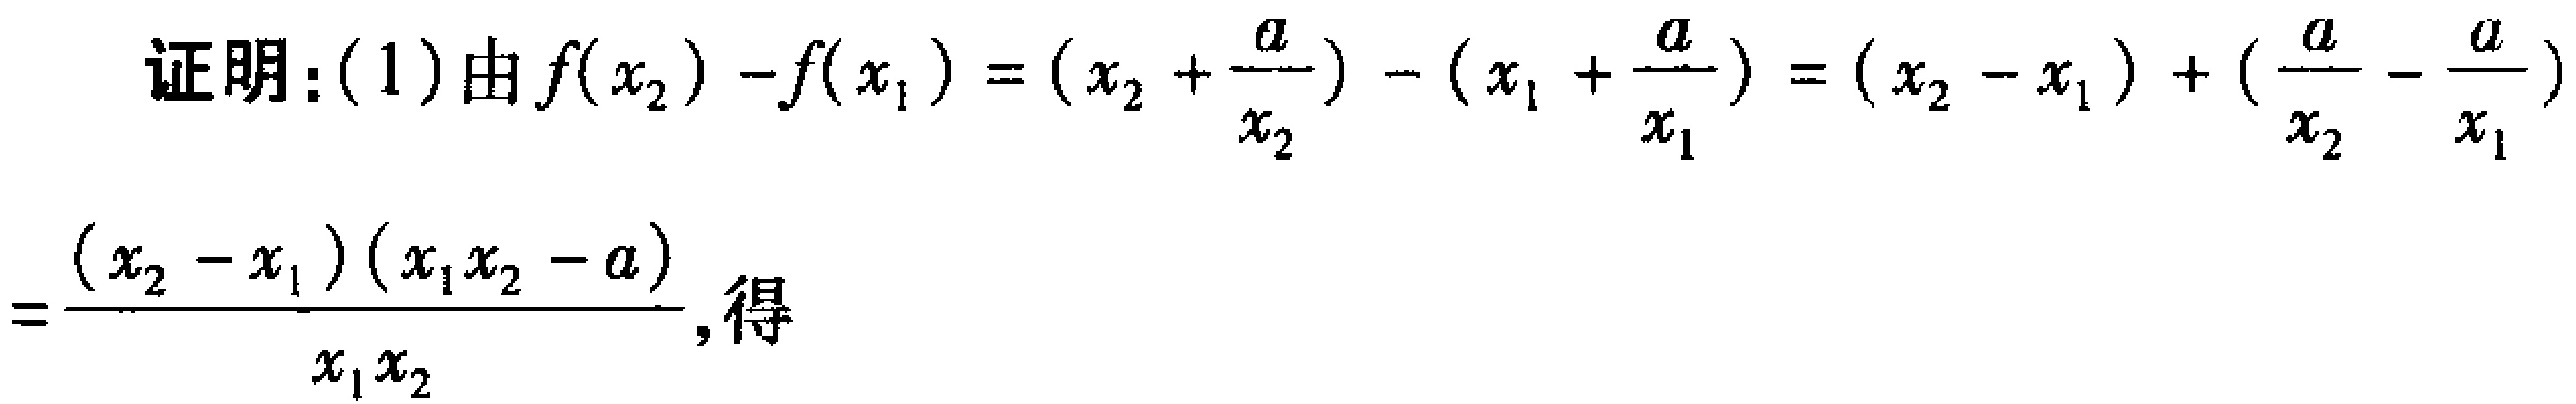
证明：(1) 由 \(f(x_2)-f(x_1)=(x_2 + \frac{a}{x_2})-(x_1+\frac{a}{x_1})=(x_2 - x_1)+(\frac{a}{x_2}-\frac{a}{x_1})\)

\(=\frac{(x_2 - x_1)(x_1x_2 - a)}{x_1x_2}\), 得